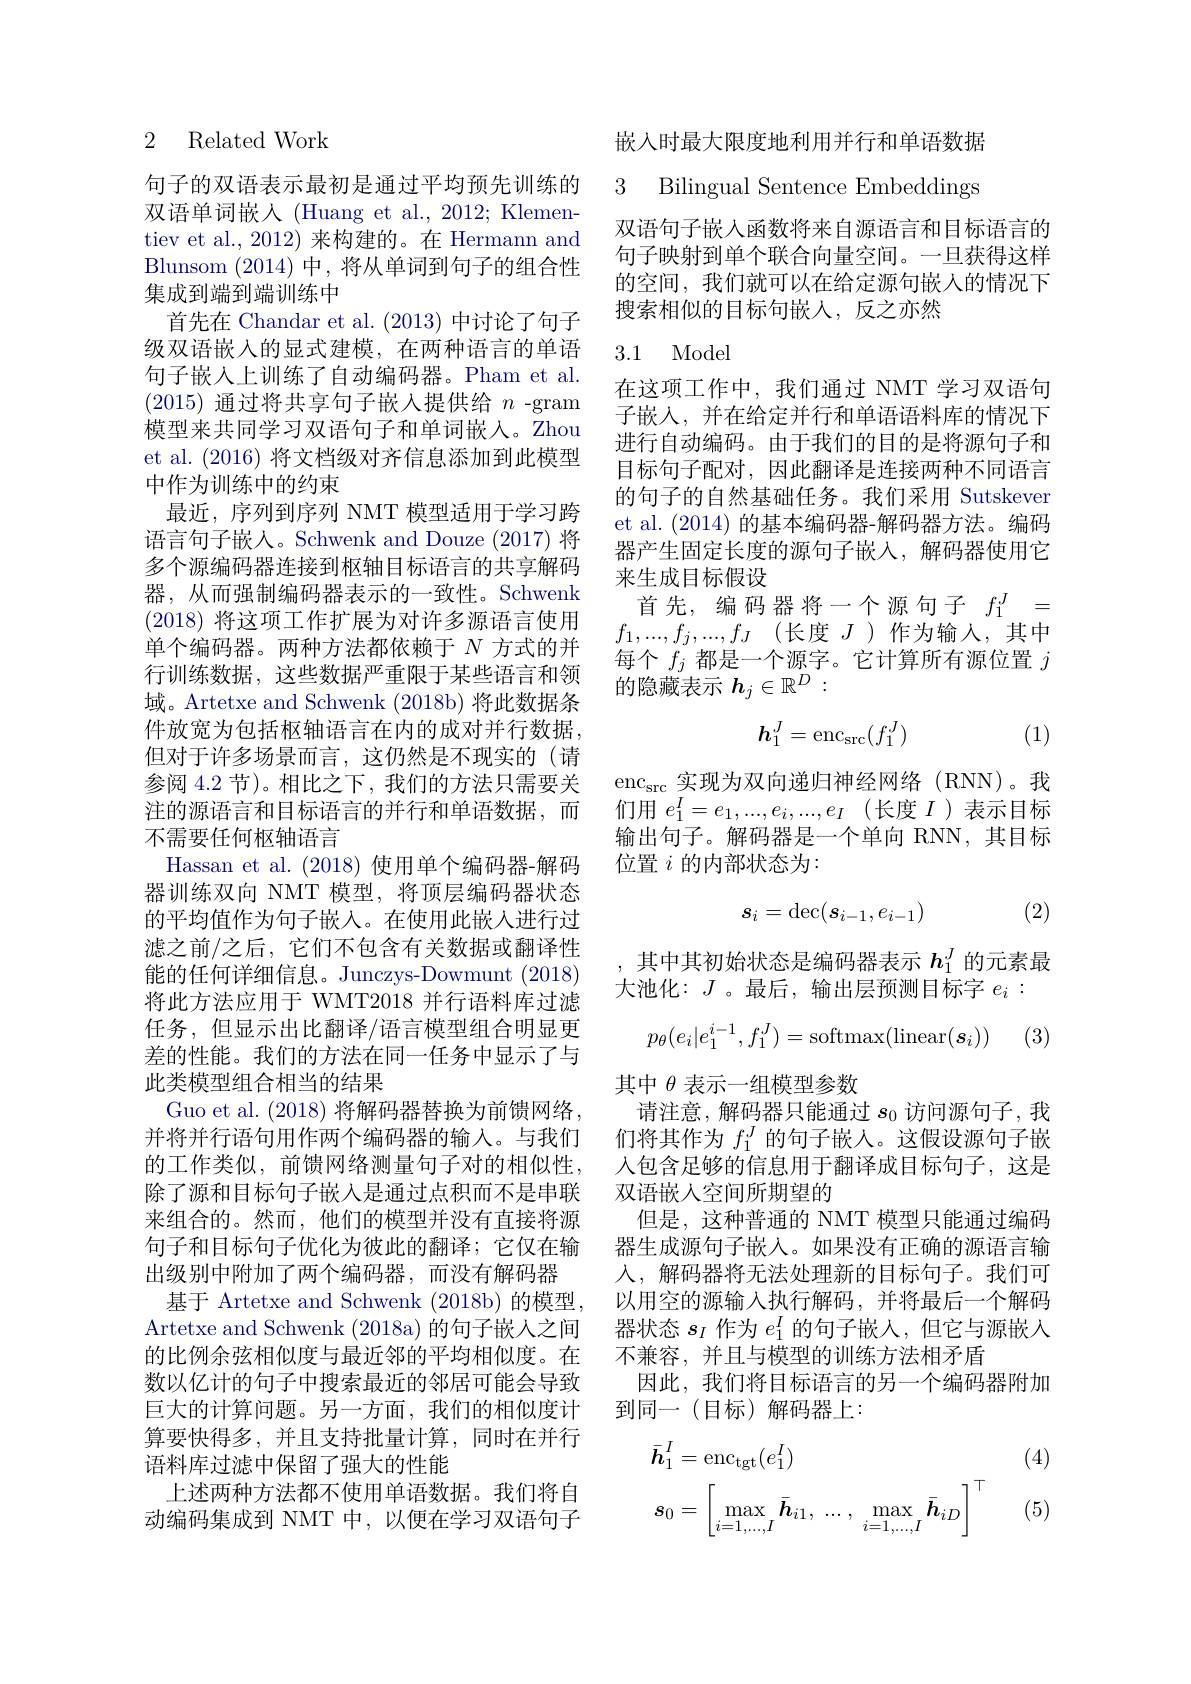
### 2 Related Work

句子的双语表示最初是通过平均预先训练的双语单词嵌人 (Huang et al., 2012; Klementiev et al., 2012) 来构建的。在 Hermann and Blunsom (2014)中，将从单词到句子的组合性集成到端到端训练中
首先在 Chandar et al. (2013) 中讨论了句子级双语嵌入的显式建模，在两种语言的单语句子嵌入上训练了自动编码器。Pham et al. (2015)通过将共享句子嵌入提供给$n$ -gram 模型来共同学习双语句子和单词嵌入。Zhou et al. (2016)将文档级对齐信息添加到此模型中作为训练中的约束
最近，序列到序列 NMT 模型适用于学习跨语言句子嵌人。Schwenk and Douze (2017) 将多个源编码器连接到枢轴目标语言的共享解码器，从而强制编码器表示的一致性。Schwenk (2018)将这项工作扩展为对许多源语言使用单个编码器。两种方法都依赖于$N$方式的并行训练数据，这些数据严重限于某些语言和领域。Artetxe and Schwenk (2018b) 将此数据条件放宽为包括枢轴语言在内的成对并行数据， 但对于许多场景而言，这仍然是不现实的(请参阅 4.2 节)。相比之下，我们的方法只需要关注的源语言和目标语言的并行和单语数据，而不需要任何枢轴语言
Hassan et al. (2018) 使用单个编码器-解码器训练双向 NMT 模型，将顶层编码器状态的平均值作为句子嵌入。在使用此嵌入进行过滤之前/之后，它们不包含有关数据或翻译性能的任何详细信息。Junczys-Dowmunt (2018) 将此方法应用于 WMT2018 并行语料库过滤任务，但显示出比翻译/语言模型组合明显更差的性能。我们的方法在同一任务中显示了与此类模型组合相当的结果
Guo et al. (2018)将解码器替换为前馈网络， 并将并行语句用作两个编码器的输入。与我们的工作类似，前馈网络测量句子对的相似性， 除了源和目标句子嵌入是通过点积而不是串联来组合的。然而，他们的模型并没有直接将源句子和目标句子优化为彼此的翻译；它仅在输出级别中附加了两个编码器，而没有解码器
基于 Artetxe and Schwenk (2018b) 的模型. Artetxe and Schwenk (2018a) 的句子嵌人之间的比例余弦相似度与最近邻的平均相似度。在数以亿计的句子中搜索最近的邻居可能会导致巨大的计算问题。另一方面，我们的相似度计算要快得多，并且支持批量计算，同时在并行语料库过滤中保留了强大的性能
上述两种方法都不使用单语数据。我们将自动编码集成到 NMT 中，以便在学习双语句子

嵌入时最大限度地利用并行和单语数据

3 Bilingual Sentence Embeddings

双语句子嵌人函数将来自源语言和目标语言的句子映射到单个联合向量空间。一旦获得这样的空间，我们就可以在给定源句嵌入的情况下搜索相似的目标句嵌人，反之亦然

### 3.1 Model

在这项工作中，我们通过 NMT 学习双语句子嵌入，并在给定并行和单语语料库的情况下进行自动编码。由于我们的目的是将源句子和目标句子配对，因此翻译是连接两种不同语言的句子的自然基础任务。我们采用 Sutskever et al. (2014)的基本编码器-解码器方法。编码器产生固定长度的源句子嵌入，解码器使用它来生成目标假设
首先，编码器将一个源句子$f_1^J=$ $f_1, . . . , f_j, . . . , f_J$ (长度$J$ )作为输入，其中每个$f_j$都是一个源字。它计算所有源位置$j$ 的隐藏表示$h_j\in\mathbb{R}^D:$
$$h_1^J=\mathrm{enc}_{\mathrm{src}}(f_1^J)$$
(1)

$\mathrm{enc}_{\mathrm{src}}$实现为双向递归神经网络(RNN)。我们用$e_1^I=e_1,...,e_i,...,e_I$ (长度$I$ )表示目标输出句子。解码器是一个单向 RNN,其目标位置$i$的内部状态为：
$$s_i=\det(s_{i-1},e_{i-1})$$
(2)

,其中其初始状态是编码器表示$h_1^J$的元素最
大池化：$J$ 。最后，输出层预测目标字$e_i:$
$$p_\theta(e_i|e_1^{i-1},f_1^J)=\text{softmax}(\text{linear}(s_i))$$
 (3)

其中$\theta$表示一组模型参数
请注意，解码器只能通过$s_0$访问源句子，我们将其作为$f_1^J$的句子嵌人。这假设源句子嵌人包含足够的信息用于翻译成目标句子，这是双语嵌人空间所期望的
但是，这种普通的 NMT 模型只能通过编码器生成源句子嵌人。如果没有正确的源语言输入，解码器将无法处理新的目标句子。我们可以用空的源输入执行解码，并将最后一个解码器状态$s_I$作为$e_1^I$的句子嵌入，但它与源嵌入不兼容，并且与模型的训练方法相矛盾
因此，我们将目标语言的另一个编码器附加
到同一(目标)解码器上：

(4)
$$\begin{aligned}&\bar{\boldsymbol{h}}_{1}^{I}=\mathrm{enc}_{\mathrm{tgt}}(e_{1}^{I})\\&\boldsymbol{s}_{0}=\left[\max_{i=1,...,I}\bar{\boldsymbol{h}}_{i1},\:...,\:\max_{i=1,...,I}\bar{\boldsymbol{h}}_{iD}\right]^{\top}\end{aligned}$$
(5)